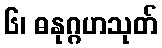
၆၊ ဓနုဂ္ဂဟသုတ်